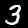
Label: 3